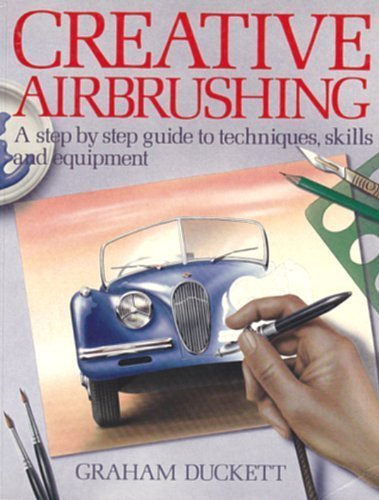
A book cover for Creative Airbrushing: A Step-By-Step Guide to Techniques, Skills, and Equipment (Collier books); Graham Duckett; Arts & Photography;